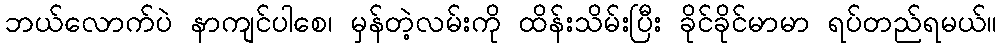
ဘယ်လောက်ပဲ နာကျင်ပါစေ၊ မှန်တဲ့လမ်းကို ထိန်းသိမ်းပြီး ခိုင်ခိုင်မာမာ ရပ်တည်ရမယ်။